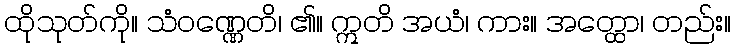
ထိုသုတ်ကို။ သံဝဏ္ဏေတိ၊ ၏။ ဣတိ အယံ၊ ကား။ အတ္ထော၊ တည်း။